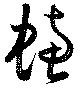
蟪